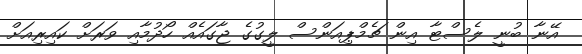
އޭނާ ބުނީ ލެސްޓާ އިން ޗެމްޕިއަންސް ލީގުގެ ޖާގައެއް ހޯދުމާއި ވަރަށް ކައިރިއަށް